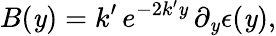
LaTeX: B(\mathit{y})=k^{\prime}\, e^{-2k^{\prime}\mathit{y}}\, \partial_{\mathit{y}}\epsilon(\mathit{y}),